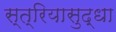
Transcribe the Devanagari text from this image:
स्त्रियासुद्धा